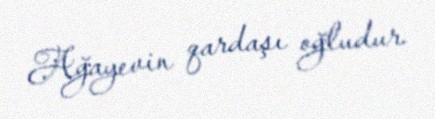
Ağayevin qardaşı oğludur.